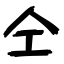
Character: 仝